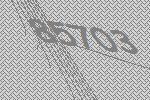
85703